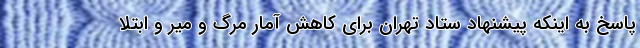
پاسخ به اینکه پیشنهاد ستاد تهران برای کاهش آمار مرگ و میر و ابتلا